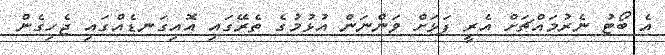
އެ ބޯޓު ނެރުމައްޗަށް އެރީ ފަޅަށް ވަންނަން އުޅުމުގެ ތެރޭގައި އޮއިގަނޑެއްގައި ޖެހިގެން